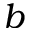
b